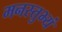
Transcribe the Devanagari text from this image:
मनस्तुभ्यं